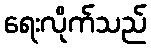
ရေးလိုက်သည်